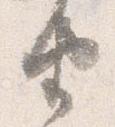
由